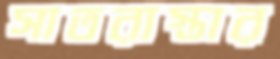
সাতরাস্তার